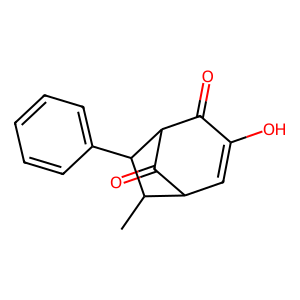
SMILES: CC1C2C=C(O)C(=O)C(C2=O)C1c1ccccc1
Inhibits HIV replication: No